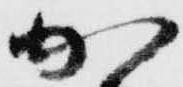
加